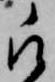
被